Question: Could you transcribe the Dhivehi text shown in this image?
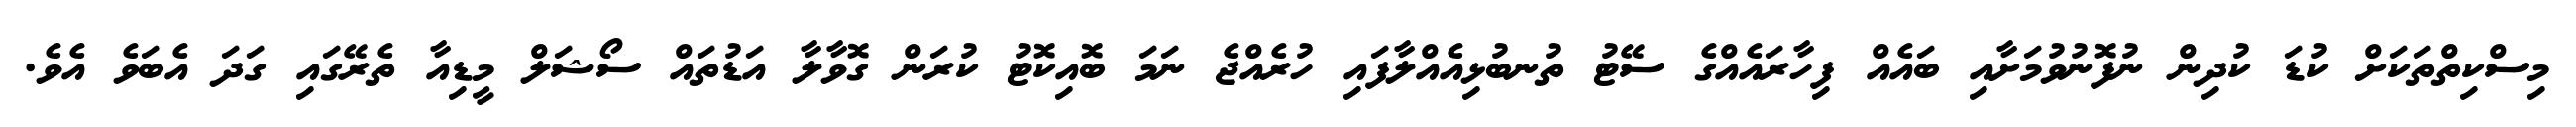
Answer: މިސްކިތްތަކަށް ކުޑަ ކުދިން ނުފޮނުވުމަށާއި ބައެއް ފިހާރައެއްގެ ސޭޓު ތުނބުޅިއެއްލާފައި ހުރެއްޖެ ނަމަ ބޮއިކޮޓު ކުރަން ގޮވާލާ އަޑުތައް ސޯޝަލް މީޑިއާ ތެރޭގައި ގަދަ އެބަވެ އެވެ.